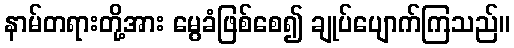
နာမ်တရားတို့အား မွေခံဖြစ်စေ၍ ချုပ်ပျောက်ကြသည်။